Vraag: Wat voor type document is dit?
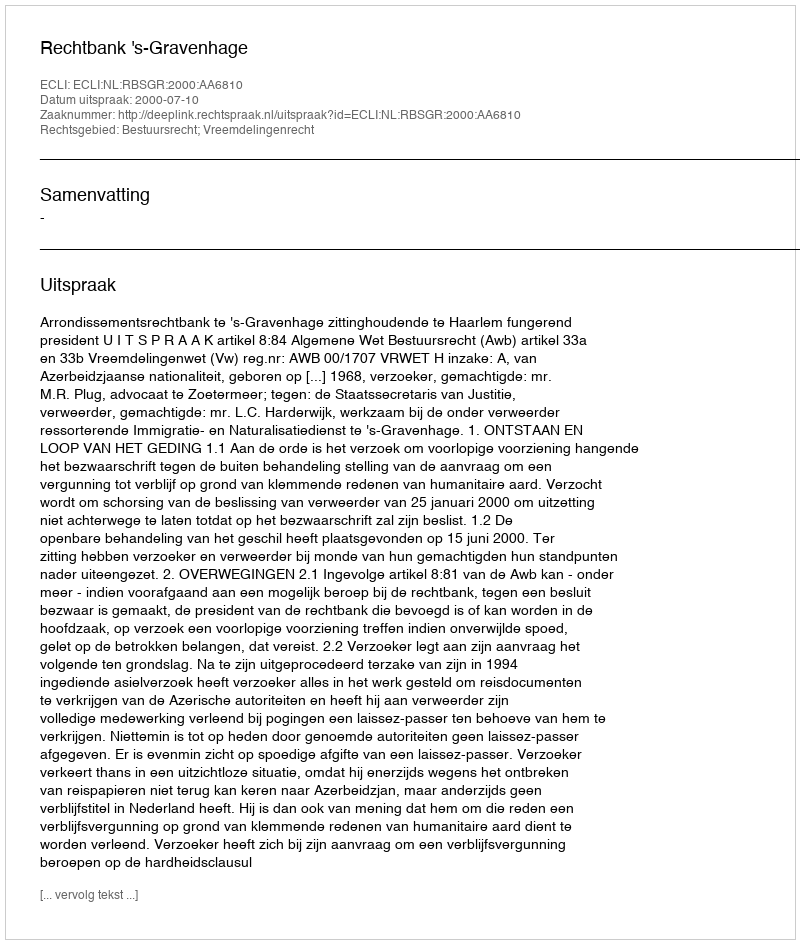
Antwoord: Uitspraak